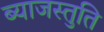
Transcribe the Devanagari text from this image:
ब्याजस्तुति